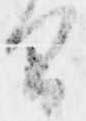
間